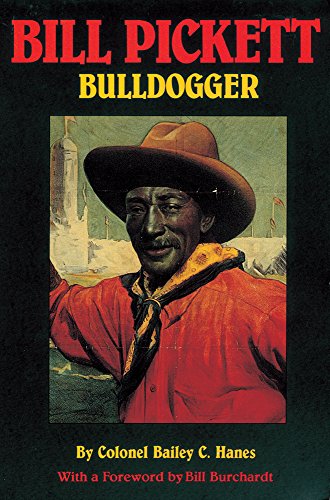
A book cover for Bill Pickett: Bulldogger (Biography of a Black Cowboy); Bailey C. Hanes; Sports & Outdoors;